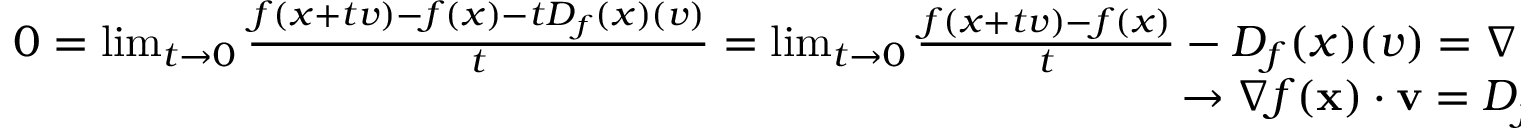
\begin{array} { r } { 0 = \operatorname* { l i m } _ { t \rightarrow 0 } { \frac { f ( x + t v ) - f ( x ) - t D _ { f } ( x ) ( v ) } { t } } = \operatorname* { l i m } _ { t \rightarrow 0 } { \frac { f ( x + t v ) - f ( x ) } { t } } - D _ { f } ( x ) ( v ) = \nabla _ { v } f ( x ) - D _ { f } ( x ) ( v ) } \\ { \rightarrow \nabla f ( \mathbf { x } ) \cdot \mathbf { v } = D _ { f } ( x ) ( v ) = \nabla _ { \mathbf { v } } { f } ( \mathbf { x } ) } \end{array}